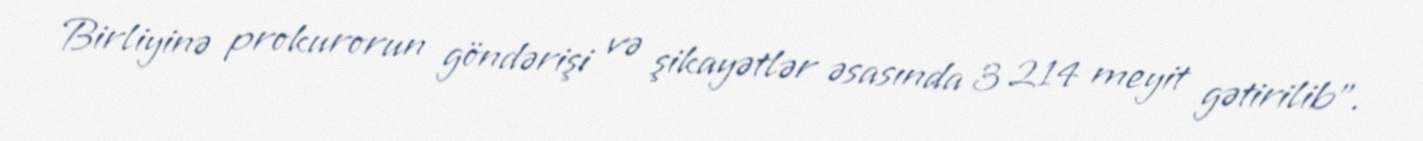
Birliyinə prokurorun göndərişi və şikayətlər əsasında 3 214 meyit gətirilib”.